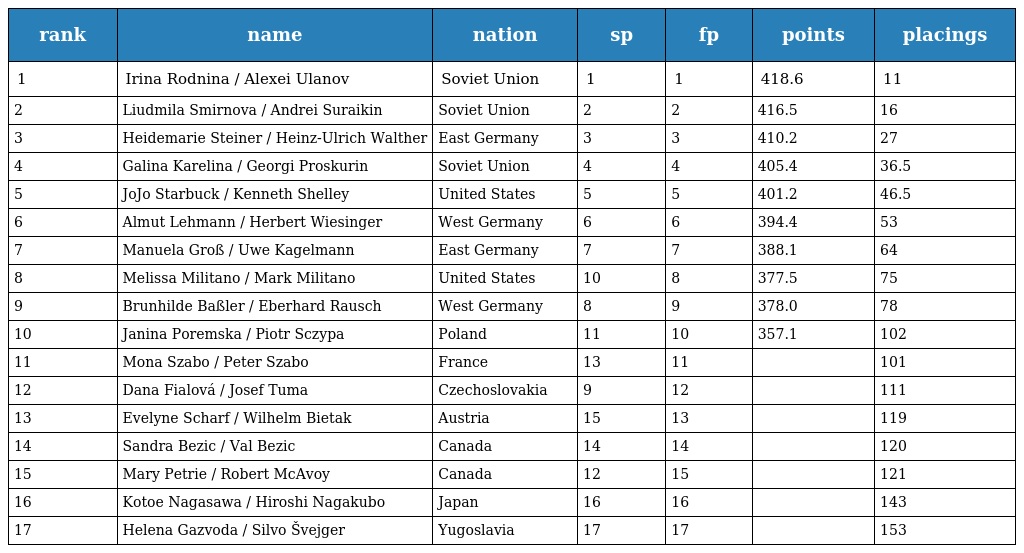
| rank | name | nation | sp | fp | points | placings |
 | --- | --- | --- | --- | --- | --- | --- |
 | 1 | Irina Rodnina / Alexei Ulanov | Soviet Union | 1 | 1 | 418.6 | 11 |
 | 2 | Liudmila Smirnova / Andrei Suraikin | Soviet Union | 2 | 2 | 416.5 | 16 |
 | 3 | Heidemarie Steiner / Heinz-Ulrich Walther | East Germany | 3 | 3 | 410.2 | 27 |
 | 4 | Galina Karelina / Georgi Proskurin | Soviet Union | 4 | 4 | 405.4 | 36.5 |
 | 5 | JoJo Starbuck / Kenneth Shelley | United States | 5 | 5 | 401.2 | 46.5 |
 | 6 | Almut Lehmann / Herbert Wiesinger | West Germany | 6 | 6 | 394.4 | 53 |
 | 7 | Manuela Groß / Uwe Kagelmann | East Germany | 7 | 7 | 388.1 | 64 |
 | 8 | Melissa Militano / Mark Militano | United States | 10 | 8 | 377.5 | 75 |
 | 9 | Brunhilde Baßler / Eberhard Rausch | West Germany | 8 | 9 | 378.0 | 78 |
 | 10 | Janina Poremska / Piotr Sczypa | Poland | 11 | 10 | 357.1 | 102 |
 | 11 | Mona Szabo / Peter Szabo | France | 13 | 11 |  | 101 |
 | 12 | Dana Fialová / Josef Tuma | Czechoslovakia | 9 | 12 |  | 111 |
 | 13 | Evelyne Scharf / Wilhelm Bietak | Austria | 15 | 13 |  | 119 |
 | 14 | Sandra Bezic / Val Bezic | Canada | 14 | 14 |  | 120 |
 | 15 | Mary Petrie / Robert McAvoy | Canada | 12 | 15 |  | 121 |
 | 16 | Kotoe Nagasawa / Hiroshi Nagakubo | Japan | 16 | 16 |  | 143 |
 | 17 | Helena Gazvoda / Silvo Švejger | Yugoslavia | 17 | 17 |  | 153 |